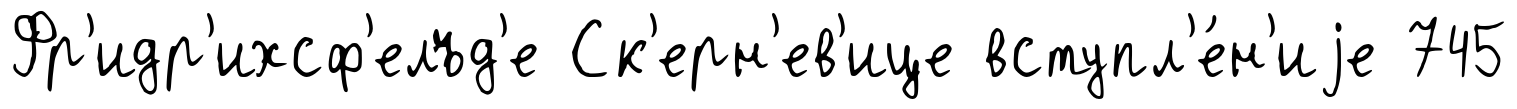
Фр'идр'ихсф'елъд'е Ск'ерн'ев'ице вступл'е́н'иjе 745